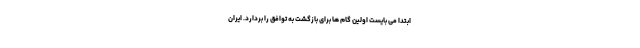
ابتدا می بایست اولین گام ها برای بازگشت به توافق را بردارد. ایران